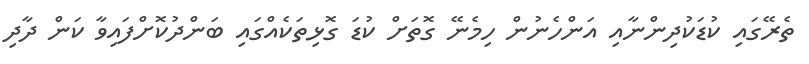
ތެރޭގައި ކުޑަކުދިންނާއި އަންހެނުން ހިމެނޭ ގޮތަށް ކުޑަ ގޮޅިތަކެއްގައި ބަންދުކޮށްފައިވާ ކަން ދާދި